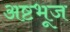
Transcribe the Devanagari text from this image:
अष्टभूज